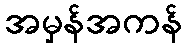
အမှန်အကန်